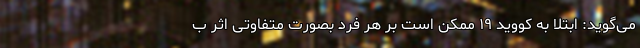
می‌گوید: ابتلا به کووید ۱۹ ممکن است بر هر فرد بصورت متفاوتی اثر ب